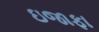
ઇજાફા